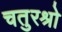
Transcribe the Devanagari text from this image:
चतुरश्रो